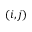
( i , j )